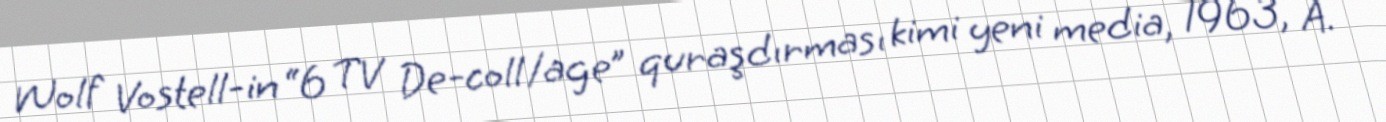
Wolf Vostell-in “6 TV De-coll/age” quraşdırması kimi yeni media, 1963, A.